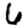
Digit: 6